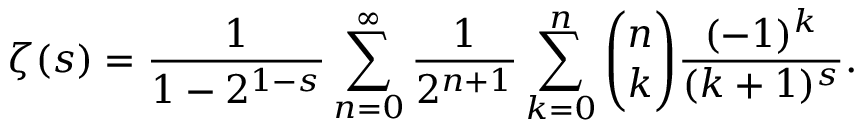
\zeta ( s ) = { \frac { 1 } { 1 - 2 ^ { 1 - s } } } \sum _ { n = 0 } ^ { \infty } { \frac { 1 } { 2 ^ { n + 1 } } } \sum _ { k = 0 } ^ { n } { \binom { n } { k } } { \frac { ( - 1 ) ^ { k } } { ( k + 1 ) ^ { s } } } .